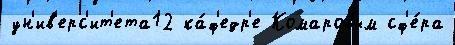
ун'ив'ерс'ит'ета12 ка́ф'едр'е Комаровым сф'е́ра